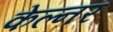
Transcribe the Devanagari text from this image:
केल्नर